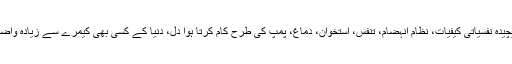
اس میں سوچنے سمجھنے، بات کرنے، محبت و نفرت کے جذبات، پیچیدہ نفسیاتی کیفیات، نظام انہضام، تنفس، استخوان، دماغ، پمپ کی طرح کام کرتا ہوا دل، دنیا کے کسی بھی کیمرے سے زیادہ واضح عکس بناتی ہوئی آنکھیں، اس کا نظامِ تولید کیا آپ سے آپ بن گئے؟